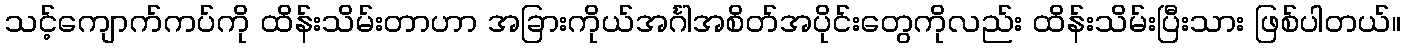
သင့်ကျောက်ကပ်ကို ထိန်းသိမ်းတာဟာ အခြားကိုယ်အင်္ဂါအစိတ်အပိုင်းတွေကိုလည်း ထိန်းသိမ်းပြီးသား ဖြစ်ပါတယ်။